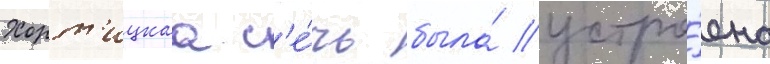
Хорт'ицкаа с'е́чь была́ устро́ена